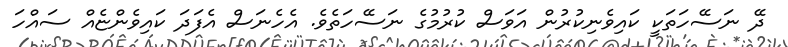
ދޭ ނަސޭހަތަކީ ކައިވެނިކުރުން އަވަސް ކުރުމުގެ ނަސޭހަތެވެ. އެހެނަސް އެފަދަ ކައިވެންޏެއް ސައްހަ